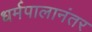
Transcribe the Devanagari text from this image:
धर्मपालानंतर